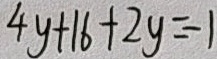
4 y + 1 6 + 2 y = - 1